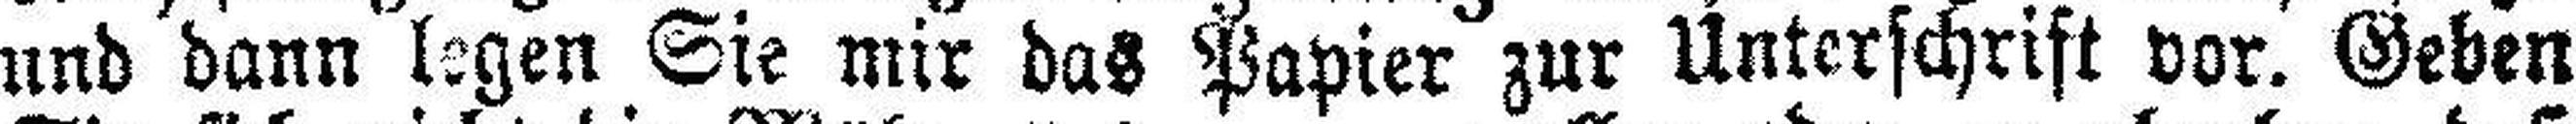
und dann legen Sie mir das Papier zur Unterschrift vor. Geben